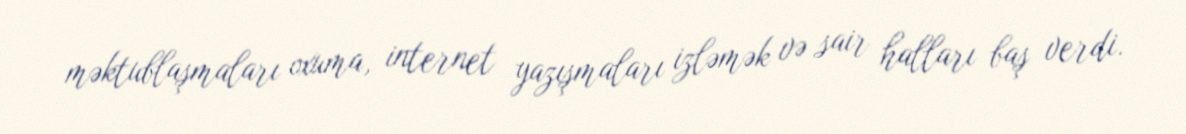
məktublaşmaları oxuma, internet yazışmaları izləmək və sair halları baş verdi.